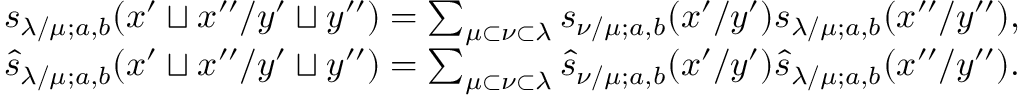
\begin{array} { r } { s _ { \lambda / \mu ; a , b } ( x ^ { \prime } \sqcup x ^ { \prime \prime } / y ^ { \prime } \sqcup y ^ { \prime \prime } ) = \sum _ { \mu \subset \nu \subset \lambda } s _ { \nu / \mu ; a , b } ( x ^ { \prime } / y ^ { \prime } ) s _ { \lambda / \mu ; a , b } ( x ^ { \prime \prime } / y ^ { \prime \prime } ) , } \\ { \widehat { s } _ { \lambda / \mu ; a , b } ( x ^ { \prime } \sqcup x ^ { \prime \prime } / y ^ { \prime } \sqcup y ^ { \prime \prime } ) = \sum _ { \mu \subset \nu \subset \lambda } \widehat { s } _ { \nu / \mu ; a , b } ( x ^ { \prime } / y ^ { \prime } ) \widehat { s } _ { \lambda / \mu ; a , b } ( x ^ { \prime \prime } / y ^ { \prime \prime } ) . } \end{array}